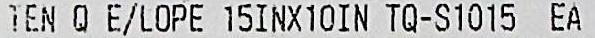
TEN Q E/LOPE 15INX10IN TQ-S1015 EA